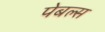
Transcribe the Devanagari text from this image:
पेबल्स